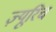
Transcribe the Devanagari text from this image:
ज़्यूरिच